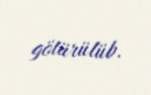
götürülüb.